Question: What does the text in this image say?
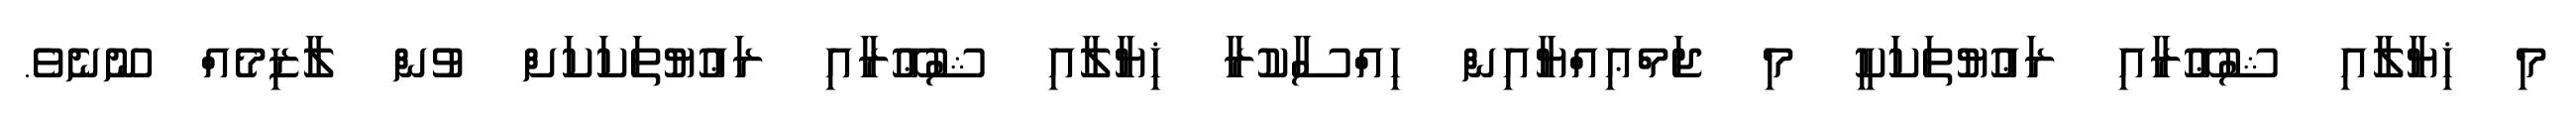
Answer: މި ޚިޔާލާއި ޝުޢޫރާއި ރަޢުޔުތަކަކީ މި ޖަމްޢިއްޔާއިން ޙިއްސާކުރާ ޚިޔާލާއި ޝުޢޫރާއި ރަޢުޔުތަކަކަށް ވުން ލާޒިމެއް ނޫނެވެ.